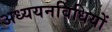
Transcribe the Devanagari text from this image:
अध्ययनविधियों